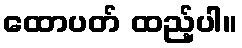
ထောပတ် ထည့်ပါ။